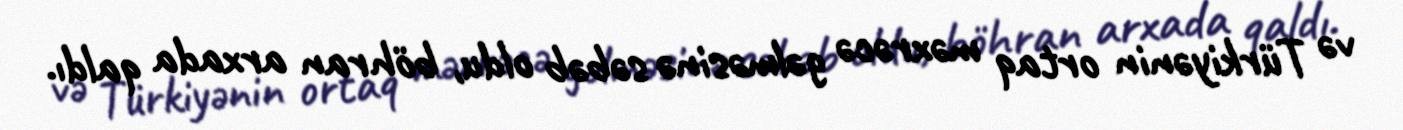
və Türkiyənin ortaq məxrəcə gəlməsinə səbəb oldu, böhran arxada qaldı.